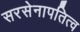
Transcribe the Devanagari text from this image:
सरसेनापतित्व